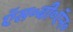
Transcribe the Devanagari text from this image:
ऍस॰बी॰ऍन॰